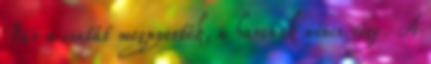
Bár a csatát megnyerték, a harcnak nincs vége. A